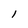
Character: 1